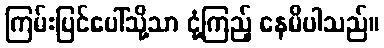
ကြမ်းပြင်ပေါ်သို့သာ ငုံ့ကြည့် နေမိပါသည်။